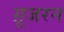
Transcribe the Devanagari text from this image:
ग़ूजरन